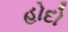
હોદો